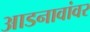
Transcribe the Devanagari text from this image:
आडनावांवर